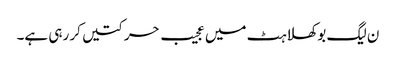
ن لیگ بوکھلاہٹ میں عجیب حرکتیں کر رہی ہے۔